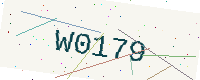
Text: W0179